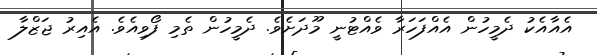
އެއާއެކު ދެމީހުން އެއްފަހަރާ ވެއްޓުނީ މޫދަށެވެ. ދެމީހުން ތެމި ފޯވިއެވެ. އެއިރު ޖަޒްލާ